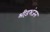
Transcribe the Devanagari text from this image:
भीड़भंजन